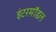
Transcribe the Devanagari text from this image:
इंटरमॉडल